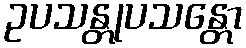
ဥပသန္တုပသန္တော